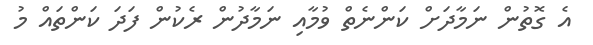
އެ ގޮތުން ނަމާދަށް ކަންނެތް ވުމާއި ނަމާދުން ރެކުން ފަދަ ކަންތައް މު